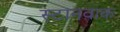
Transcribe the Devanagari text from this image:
स्टानवाक